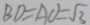
B D = A O = \sqrt { 3 }